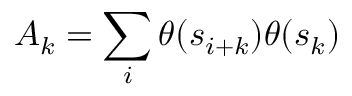
A _ { k } = \sum _ { i } \theta ( s _ { i + k } ) \theta ( s _ { k } )